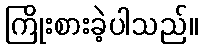
ကြိုးစားခဲ့ပါသည်။